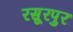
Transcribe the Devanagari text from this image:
रसूरपुर